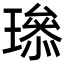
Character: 𤩨